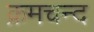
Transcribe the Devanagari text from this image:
क्रमचन्द